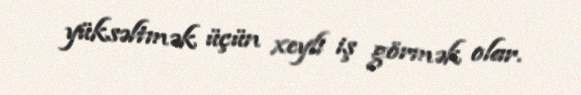
yüksəltmək üçün xeyli iş görmək olar.